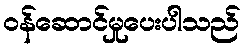
ဝန်ဆောင်မှုပေးပါသည်